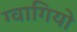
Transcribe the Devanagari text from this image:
ग्वागियो